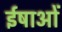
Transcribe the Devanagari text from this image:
ईषाओं